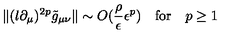
\| ( l \partial _ { \mu } ) ^ { 2 p } \tilde { g } _ { \mu \nu } \| \sim O ( \frac { \rho } { \epsilon } \epsilon ^ { p } ) \quad \mathrm { f o r } \quad p \ge 1